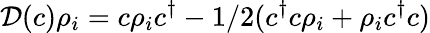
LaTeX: \mathcal{D}(c)\rho_{i}=c\rho_{i}c^{\dagger}-1/2(c^{\dagger}c\rho_{i}+\rho_{i}c^{\dagger}c)